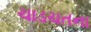
ચાડચતના